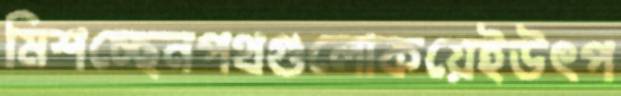
মিশচ্ছেনপথগুলোকয়েইউৎপ